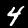
Label: 4